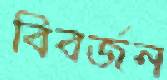
বিবর্জন